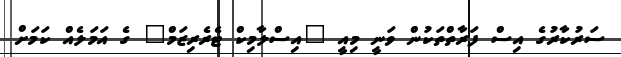
ސަރުކާރުގެ އިސް ފަރާތްތަކުން ވަނީ މިއީ "އިސްލާމިކް ޓެރެރިޒަމް" ގެ އަމަލެއް ކަމަށް